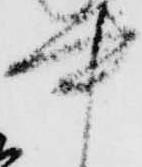
中